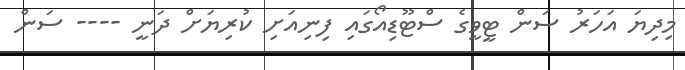
މިދިޔަ އަހަރު ސަން ޓީވީގެ ސްޓޫޑިއޯގައި ފިނިއަށި ކުރިޔަށް ދަނީ ---- ސަން